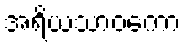
အရိယသာဝကော